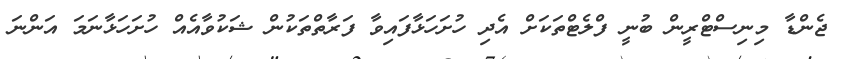
ޖެންޑާ މިނިސްޓްރީން ބުނީ ފްލެޓްތަކަށް އެދި ހުށަހަޅާފައިވާ ފަރާތްތަކުން ޝަކުވާއެއް ހުށަހަޅާނަމަ އަންނަ